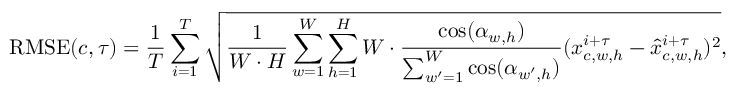
\operatorname { R M S E } ( c , \tau ) = \frac { 1 } { T } \sum _ { i = 1 } ^ { T } \sqrt { \frac { 1 } { W \cdot H } \sum _ { w = 1 } ^ { W } \sum _ { h = 1 } ^ { H } W \cdot \frac { \cos ( \alpha _ { w , h } ) } { \sum _ { w ^ { \prime } = 1 } ^ { W } \cos ( \alpha _ { w ^ { \prime } , h } ) } ( x _ { c , w , h } ^ { i + \tau } - \hat { x } _ { c , w , h } ^ { i + \tau } ) ^ { 2 } } ,